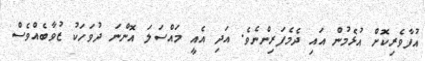
އުފާވެރިކޮށް އުޅެމުން އައި ދެމެފަރިންނެވެ. އަދި އެއީ މައްސަލަ އޮންނަ ދުވަހަކު ޒުވާބެއްވެސް